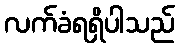
လက်ခံရရှိပါသည်